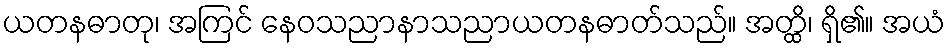
ယတနဓာတု၊ အကြင် နေဝသညာနာသညာယတနဓာတ်သည်။ အတ္ထိ၊ ရှိ၏။ အယံ